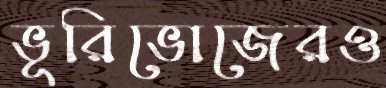
ভূরিভোজেরও